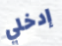
إدخلي